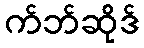
က်ဘ်ဆိုဒ်